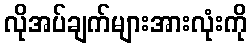
လိုအပ်ချက်များအားလုံးကို